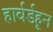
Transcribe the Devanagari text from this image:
हार्वर्डहून